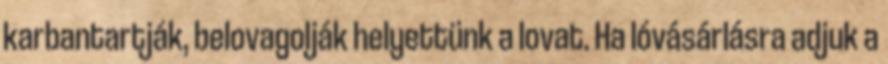
karbantartják, belovagolják helyettünk a lovat. Ha lóvásárlásra adjuk a